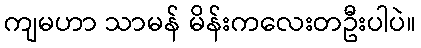
ကျမဟာ သာမန် မိန်းကလေးတဦးပါပဲ။